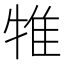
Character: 𤙵